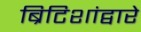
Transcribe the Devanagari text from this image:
ब्रिटिशांद्वारे